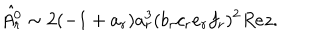
LaTeX: \hat { A _ { r } ^ { 0 } } \sim 2 ( - 1 + a _ { r } ) a _ { r } ^ { 3 } ( b _ { r } c _ { r } e _ { r } f _ { r } ) ^ { 2 } R e z .